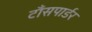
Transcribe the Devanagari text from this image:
टाँसपार्डर